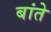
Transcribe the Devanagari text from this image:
बांते